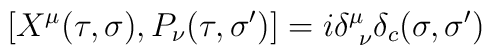
[X^\mu (\tau ,\sigma ), P_\nu (\tau ,\sigma ')] = i\delta ^{\mu }_{\ \nu } \delta _{c}(\sigma ,\sigma ')